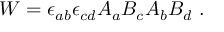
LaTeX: { \cal W } = \epsilon _ { a b } \epsilon _ { c d } A _ { a } B _ { c } A _ { b } B _ { d } ~ .